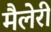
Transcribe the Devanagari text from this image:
मैलेरी